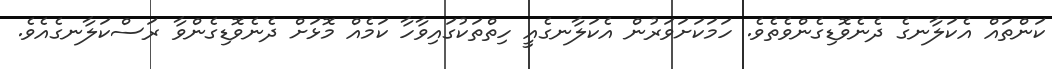
ކަންތައް އެކަލާނގެ ދެނެވޮޑިގެންވެތެވެ. ހަމަކަށަވަރުން އެކަލާނގެއީ ހިތްތަކުގައިވާހާ ކަމެއް މޮޅަށް ދެނެވޮޑިގެންވާ ރަސްކަލާނގެއެވެ.